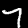
Label: 7